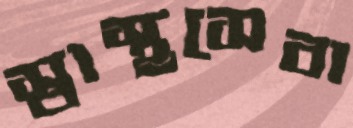
স্বাস্থসেবা